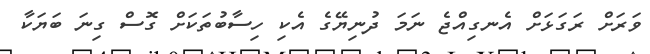
ވަރަށް ރަގަޅަށް އެނގިއްޖެ ނަމަ ދުނިޔޭގެ އެކި ހިސާބުތަކަށް ގޮސް ގިނަ ބަޔަކާ